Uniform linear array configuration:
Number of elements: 16
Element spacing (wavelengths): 0.75
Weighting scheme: cosine
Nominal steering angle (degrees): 0
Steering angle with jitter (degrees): -1.255
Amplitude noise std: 0.05
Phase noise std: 0.05

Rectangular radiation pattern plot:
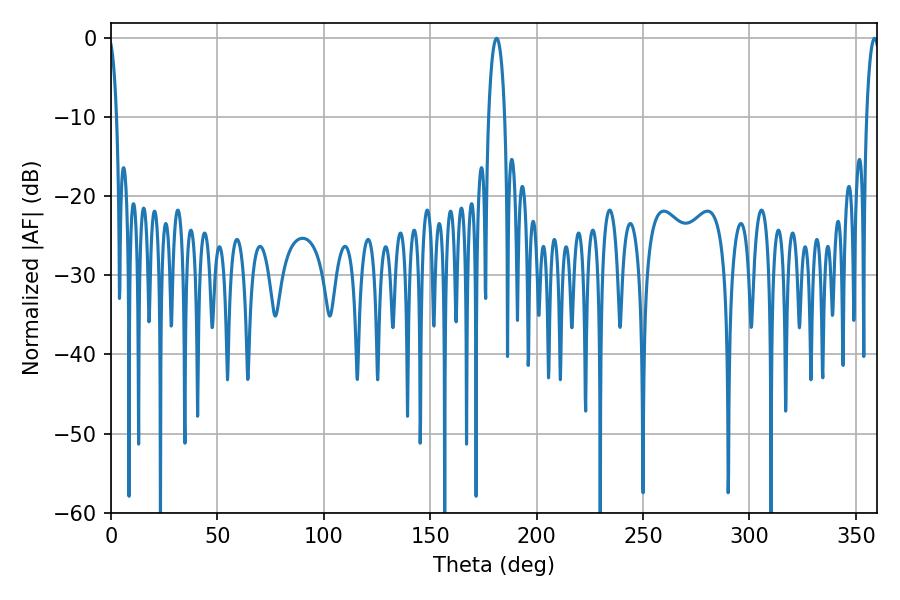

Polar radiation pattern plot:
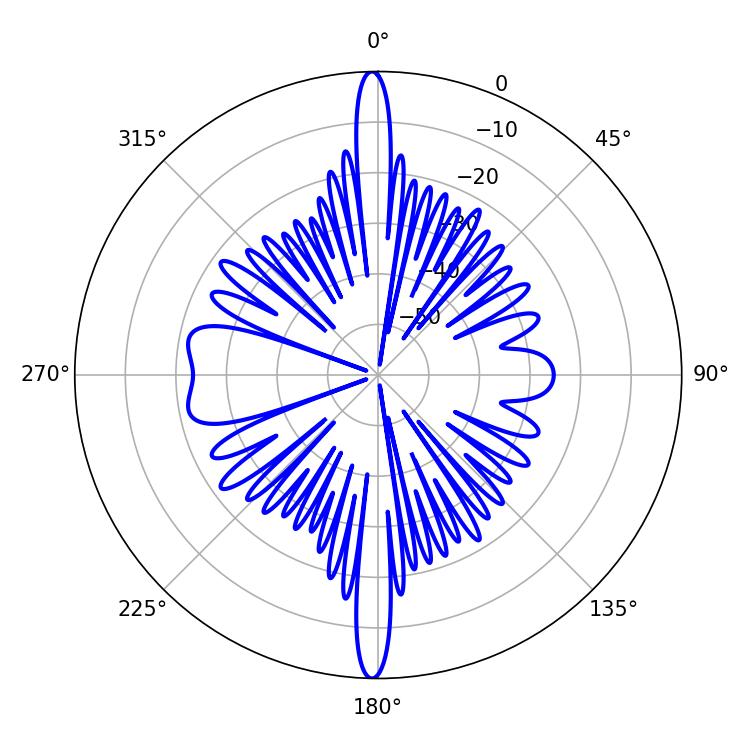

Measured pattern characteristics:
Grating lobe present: TRUE
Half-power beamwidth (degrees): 3.42
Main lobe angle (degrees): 358.74